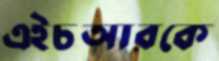
এইচআরকে